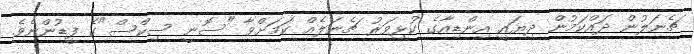
ޗެނަލުން ދައްކަމުން ދިޔައީ އިންޑިއާގެ ކުޅިވަރު ޗެނަލެއް ކަމަށްވާ "ސޮނީ ސިކްސް"ގެ ފީޑުންނެވެ.